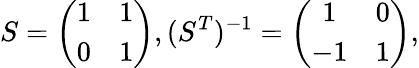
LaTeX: S=\left(\begin{array}{cc}{{1}}&{{1}}\\ {{0}}&{{1}}\end{array}\right),(S^{T})^{-1}=\left(\begin{array}{cc}{{1}}&{{0}}\\ {{-1}}&{{1}}\end{array}\right),